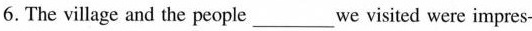
6. The illage and the people ___ we visited were impres-